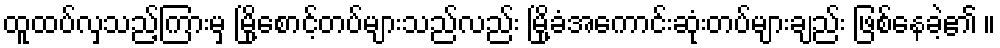
ထူထပ်လှသည့်ကြားမှ မြို့စောင့်တပ်များသည်လည်း မြို့ခံအကောင်းဆုံးတပ်များချည်း ဖြစ်နေခဲ့၏ ။